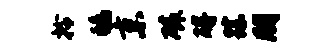
拎鸱京磷碍踪朋